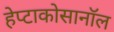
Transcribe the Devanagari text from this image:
हेप्टाकोसानॉल